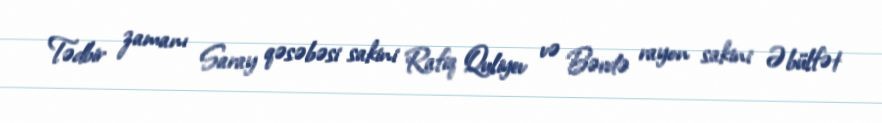
Tədbir zamanı Saray qəsəbəsi sakini Rafiq Quliyev və Bərdə rayon sakini Əbülfət